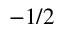
- 1 / 2